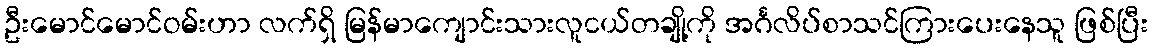
ဦးမောင်မောင်ဝမ်းဟာ လက်ရှိ မြန်မာကျောင်းသားလူငယ်တချို့ကို အင်္ဂလိပ်စာသင်ကြားပေးနေသူ ဖြစ်ပြီး